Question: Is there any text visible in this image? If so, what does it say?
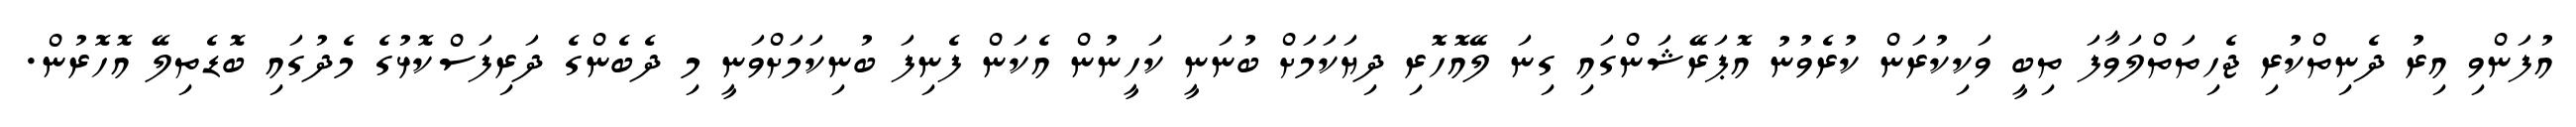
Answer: އުފަންވި އިރު ދެނިތްކުރި ޖެހިތަތްލަވާފަ ތިބީ ވަކިކުރަން ކުރެވުނު އޮޕަރޭޝަންގައި ގިނަ ލޭއޮހޮރި ދިޔަކަމަށް ބުނަނީ ކަހީނުން އެކަން ފެނިފަ ބުނިކަމަށްވަނީ މި ދެބެންގެ ދަރިފަސްކޮޅުގެ މެދުގައި ބޮޑެތިލޭ އޮހޮރުން.